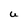
Character: U